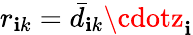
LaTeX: r_{\mathbf{i}k}=\bar{{d}}_{\mathbf{i}k}\cdotz_{\mathbf{i}}